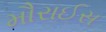
મૌરાઈસ